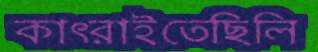
কাৎরাইতেছিলি